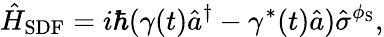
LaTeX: \hat{H}_{\mathrm{SDF}}=i\hbar(\gamma(t)\hat{a}^{\dagger}-\gamma^{*}(t)\hat{a})\hat{\sigma}^{\phi_{\mathrm{S}}},